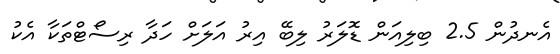
އެނދުން 2.5 ބިލިއަން ޑޮލަރު ލިބޭ އިރު އަލަށް ހަދާ ރިސޯޓްތަކާ އެކު